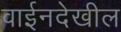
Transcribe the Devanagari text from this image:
वाईनदेखील